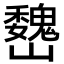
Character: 𡿁